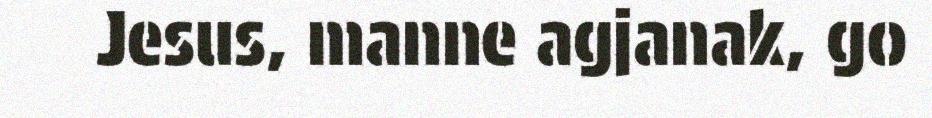
Jesus, manne agjanak, go